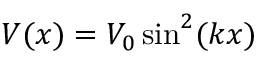
V ( x ) = V _ { 0 } \, \mathrm { s i n } ^ { 2 } ( k x )